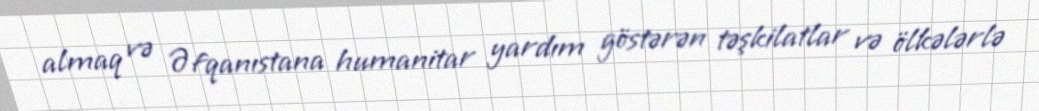
almaq və Əfqanıstana humanitar yardım göstərən təşkilatlar və ölkələrlə